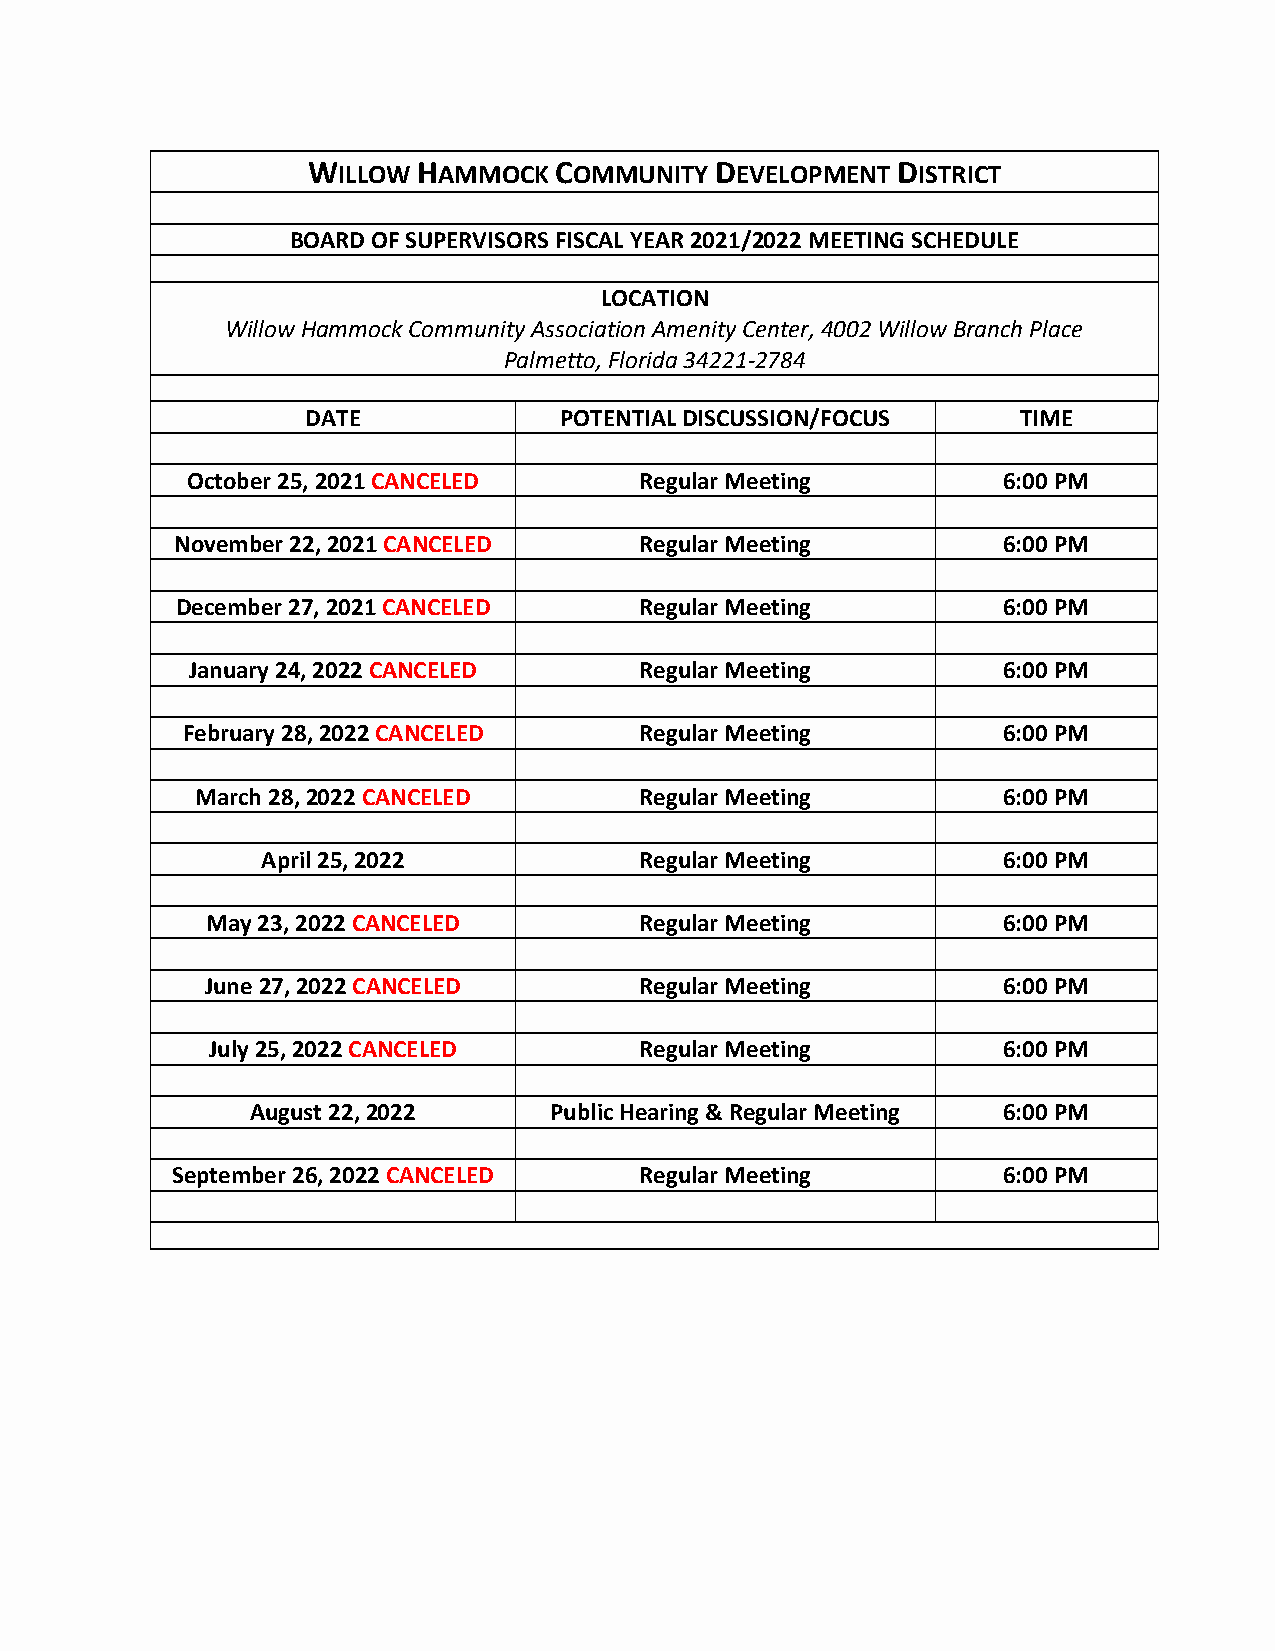
WILLOW  HAMMOCK  COMMUNITY DEVELOPMENT DISTRICT
 BOARD OF SUPERVISORS FISCAL YEAR 2021/2022 MEETING SCHEDULE
 LOCATION
 Willow Hammock Community Association Amenity Center, 4002 Willow Branch Place
 Palmetto, Florida 34221-2784
 DATE             POTENTIAL DISCUSSION/FOCUS     TIME
 October 25, 2021 CANCELED     Regular Meeting         6:00 PM
 November 22, 2021 CANCELED    Regular Meeting         6:00 PM
 December 27, 2021 CANCELED    Regular Meeting         6:00 PM
 January 24, 2022 CANCELED     Regular Meeting         6:00 PM
 February 28, 2022 CANCELED    Regular Meeting         6:00 PM
 March 28, 2022 CANCELED      Regular Meeting         6:00 PM
 April 25, 2022           Regular Meeting         6:00 PM
 May 23, 2022 CANCELED       Regular Meeting         6:00 PM
 June 27, 2022 CANCELED      Regular Meeting         6:00 PM
 July 25, 2022 CANCELED      Regular Meeting         6:00 PM
 August 22, 2022    Public Hearing & Regular Meeting 6:00 PM
 September 26, 2022 CANCELED    Regular Meeting         6:00 PM